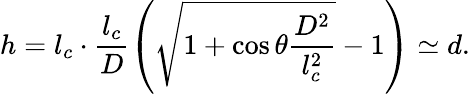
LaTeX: h=l_{c}\cdot\frac{l_{c}}{D}\left(\sqrt{1+\cos\theta\frac{D^{2}}{l_{c}^{2}}}-1\right)\simeq d.